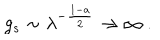
g _ { s } \sim \lambda ^ { - { \frac { 1 - a } { 2 } } } \to \infty \ .